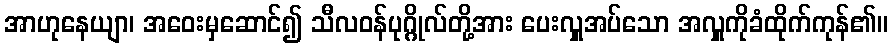
အာဟုနေယျာ၊ အဝေးမှဆောင်၍ သီလဝန်ပုဂ္ဂိုလ်တို့အား ပေးလှူအပ်သော အလှူကိုခံထိုက်ကုန်၏။